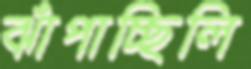
ঝাঁপাচ্ছিলি